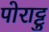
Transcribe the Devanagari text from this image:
पोराट्टु